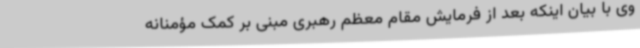
وی با بیان اینکه بعد از فرمایش مقام معظم رهبری مبنی بر کمک مؤمنانه